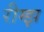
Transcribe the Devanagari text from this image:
रीम्झ